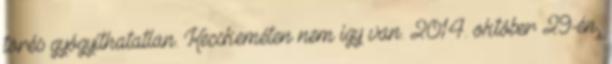
törés gyógyíthatatlan. Kecskeméten nem így van. 2014. október 29-én,